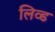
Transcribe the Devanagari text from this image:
लिव्‍ड